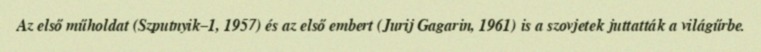
Az első műholdat (Szputnyik–1, 1957) és az első embert (Jurij Gagarin, 1961) is a szovjetek juttatták a világűrbe.